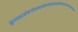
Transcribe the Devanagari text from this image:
कुलप्रदर्शनगोलप्रदर्शनगोलप्रदर्शनगोलप्रदर्शनगोलप्रदर्शनलक्ष्य